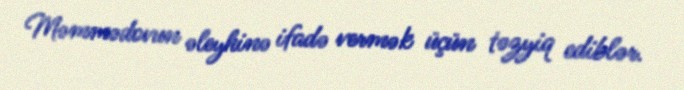
Məmmədovun əleyhinə ifadə vermək üçün təzyiq ediblər.